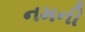
નમની